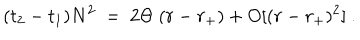
( t _ { 2 } - t _ { 1 } ) N ^ { 2 } ~ = ~ 2 \Theta ~ ( r - r _ { + } ) + O [ ( r - r _ { + } ) ^ { 2 } ] ~ .